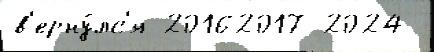
в'ерну́лс'я 20162017 2024